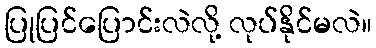
ပြုပြင်ပြောင်းလဲလို့ လုပ်နိုင်မလဲ။